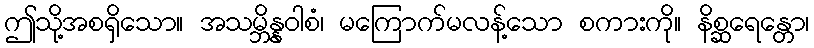
ဤသို့အစရှိသော။ အသမ္ဘိန္နဝါစံ၊ မကြောက်မလန့်သော စကားကို။ နိစ္ဆရေန္တော၊